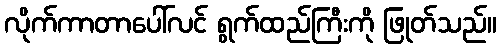
လိုက်ကာတာပေါ်လင် ရွက်ထည်ကြီးကို ဖြုတ်သည်။